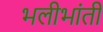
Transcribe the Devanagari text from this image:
भलीभांती